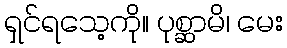
ရှင်ရသေ့ကို။ ပုစ္ဆာမိ၊ မေး